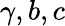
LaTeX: \gamma,b,c